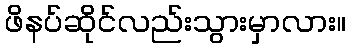
ဖိနပ်ဆိုင်လည်းသွားမှာလား။